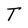
Character: T